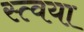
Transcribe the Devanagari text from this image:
स्त्वया